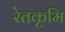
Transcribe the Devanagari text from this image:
रेतकृमि